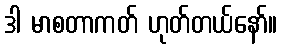
ဒါ မာစတာကတ် ဟုတ်တယ်နော်။